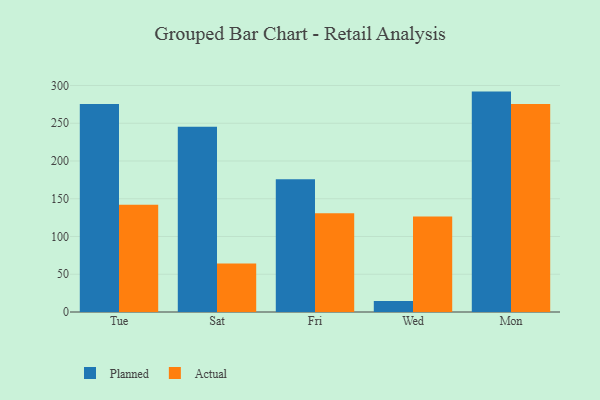
{"axis": {"x": "Day", "y": "LTV (USD)"}, "legend": ["Actual", "Planned"], "data": [{"x": "Tue", "y": 275.4, "type": "Planned"}, {"x": "Tue", "y": 142.2, "type": "Actual"}, {"x": "Sat", "y": 245.2, "type": "Planned"}, {"x": "Sat", "y": 64.2, "type": "Actual"}, {"x": "Fri", "y": 175.7, "type": "Planned"}, {"x": "Fri", "y": 130.8, "type": "Actual"}, {"x": "Wed", "y": 14.6, "type": "Planned"}, {"x": "Wed", "y": 126.5, "type": "Actual"}, {"x": "Mon", "y": 291.9, "type": "Planned"}, {"x": "Mon", "y": 275.6, "type": "Actual"}]}